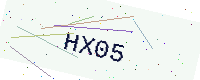
Text: HX05